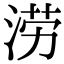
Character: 涝